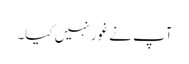
آپ نے غور نہیں کیا۔